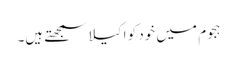
ہجوم میں خود کو اکیلا سمجھتے ہیں۔